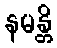
နမန္တိ